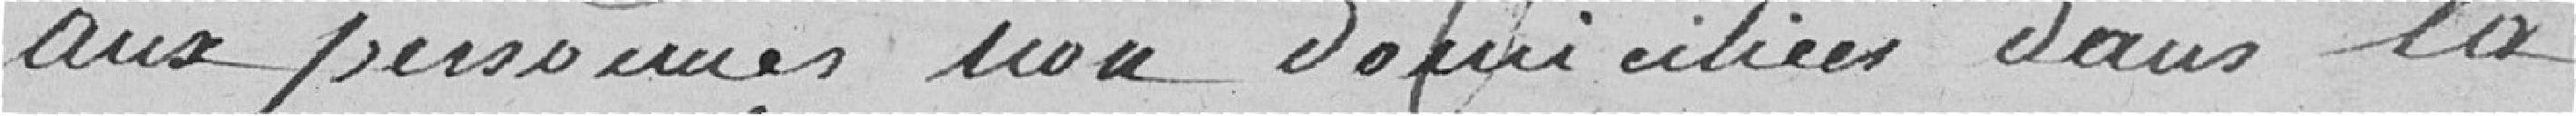
aux personnes non domiciliées dans la